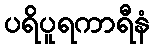
ပရိပူရကာရီနံ